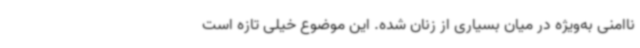
ناامنی به‌ویژه در میان بسیاری از زنان شده. این موضوع خیلی تازه است